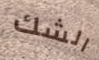
الشك